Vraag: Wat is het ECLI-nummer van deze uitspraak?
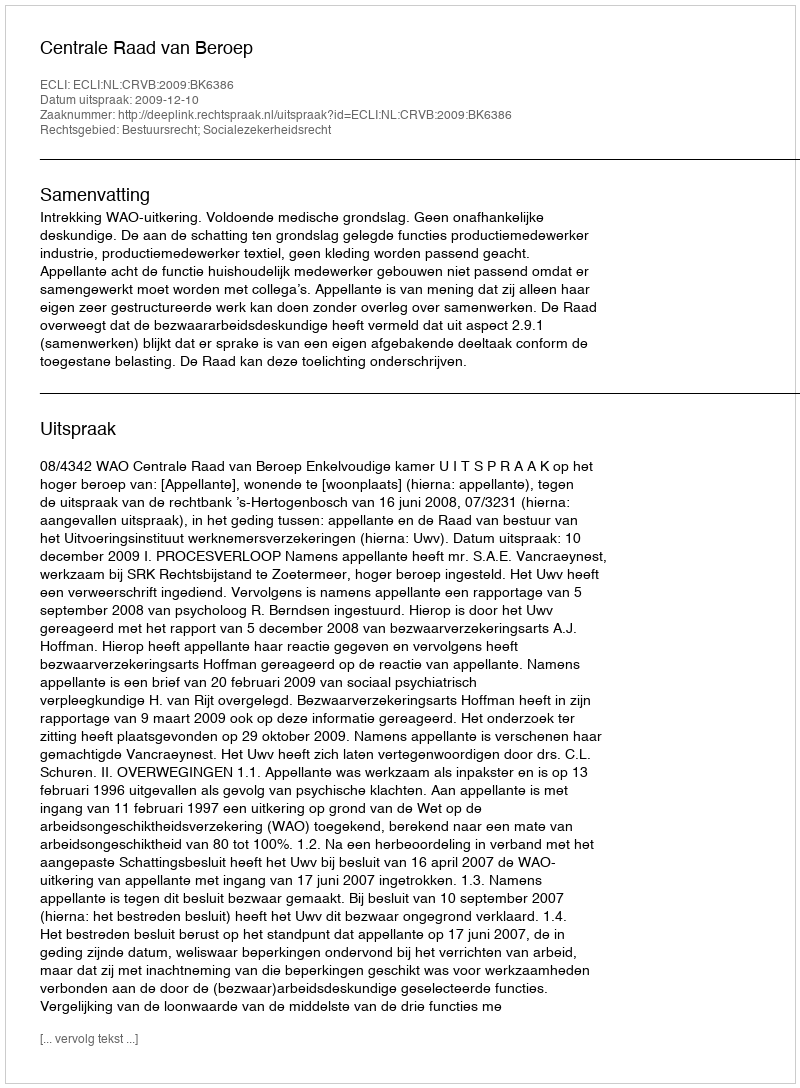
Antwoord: ECLI:NL:CRVB:2009:BK6386